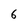
Character: 6